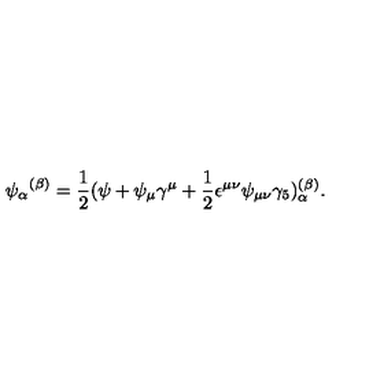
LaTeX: { \psi _ { \alpha } } ^ { ( \beta ) } = \frac { 1 } { 2 } ( \psi + \psi _ { \mu } \gamma ^ { \mu } + \frac { 1 } { 2 } \epsilon ^ { \mu \nu } \psi _ { \mu \nu } \gamma _ { 5 } ) _ { \alpha } ^ { ( \beta ) } .